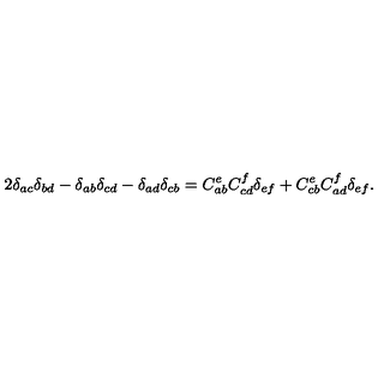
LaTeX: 2 \delta _ { a c } \delta _ { b d } - \delta _ { a b } \delta _ { c d } - \delta _ { a d } \delta _ { c b } = C _ { a b } ^ { e } C _ { c d } ^ { f } \delta _ { e f } + C _ { c b } ^ { e } C _ { a d } ^ { f } \delta _ { e f } .